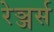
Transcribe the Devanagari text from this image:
रेञ्जर्स